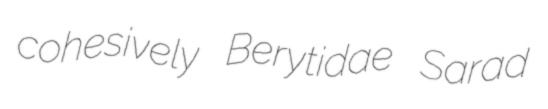
cohesively Berytidae Sarad